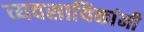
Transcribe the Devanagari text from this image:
व्यवसायिकांनी